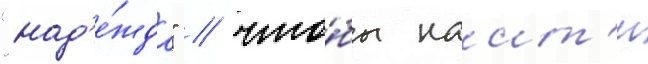
"над'е́жда" / что́бы наит'и